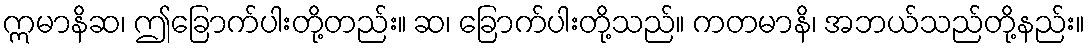
ဣမာနိဆ၊ ဤခြောက်ပါးတို့တည်း။ ဆ၊ ခြောက်ပါးတို့သည်။ ကတမာနိ၊ အဘယ်သည်တို့နည်း။